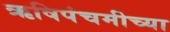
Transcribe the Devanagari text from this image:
ऋषिपंचमीच्या